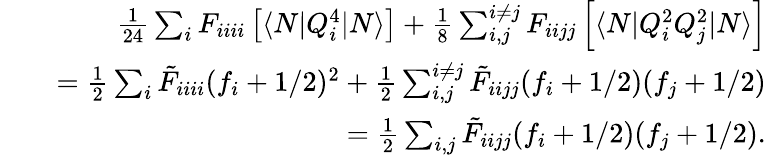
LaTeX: \begin{array}{rlr}&{}&{\frac{1}{24}\sum_{i}F_{iiii}\left[\langle N|Q_{i}^{4}|N\rangle\right]+\frac{1}{8}\sum_{i,j}^{i\neq j}F_{iijj}\left[\langle N|Q_{i}^{2}Q_{j}^{2}|N\rangle\right]}\\ &{}&{=\frac{1}{2}\sum_{i}\tilde{F}_{iiii}{(f_{i}+1/2)^{2}}+\frac{1}{2}\sum_{i,j}^{i\neq j}\tilde{F}_{iijj}(f_{i}+1/2)(f_{j}+1/2)}\\ &{}&{=\frac{1}{2}\sum_{i,j}\tilde{F}_{iijj}(f_{i}+1/2)(f_{j}+1/2).}\end{array}